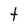
Character: t